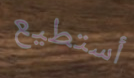
أستطيع